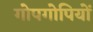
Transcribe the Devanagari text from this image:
गोपगोपियों